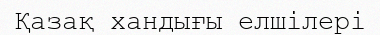
Қазақ хандығы елшілері